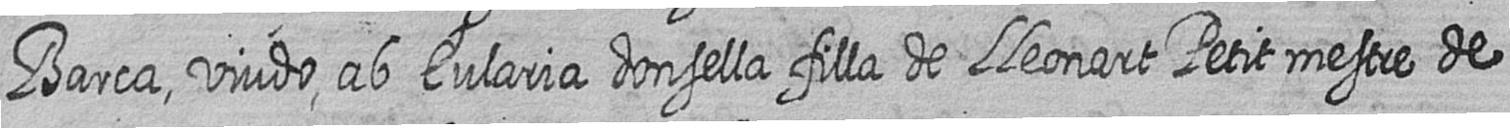
Barca viudo ab Eularia donsella filla de Lleonart Petit mestre de